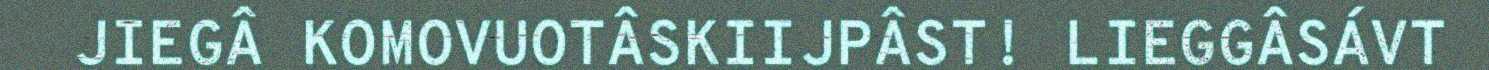
JIEGÂ KOMOVUOTÂSKIIJPÂST! LIEGGÂSÁVT